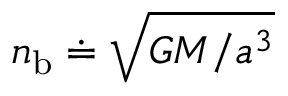
n _ { \mathrm { b } } \doteq \sqrt { G M / a ^ { 3 } }